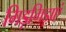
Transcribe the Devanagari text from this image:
गिड़गिड़ाएं